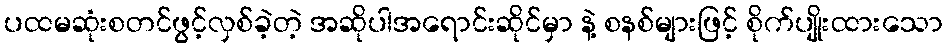
ပထမဆုံးစတင်ဖွင့်လှစ်ခဲ့တဲ့ အဆိုပါအရောင်းဆိုင်မှာ နဲ့ စနစ်များဖြင့် စိုက်ပျိုးထားသော